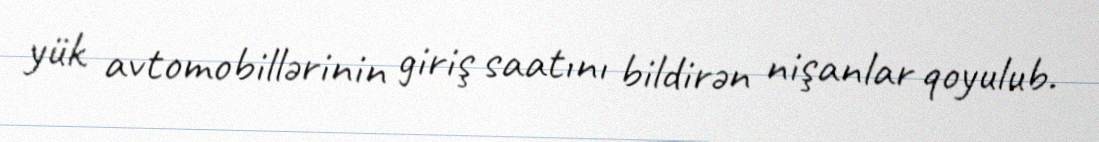
yük avtomobillərinin giriş saatını bildirən nişanlar qoyulub.